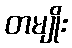
တမျိုး